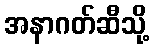
အနာဂတ်ဆီသို့